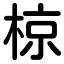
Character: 椋